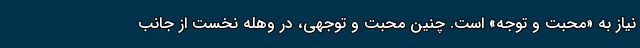
نیاز به «محبت و توجه» است. چنین محبت و توجهی، در وهله نخست از جانب